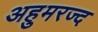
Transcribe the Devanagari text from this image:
अहुमरज्द